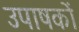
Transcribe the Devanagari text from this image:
उपाषकों